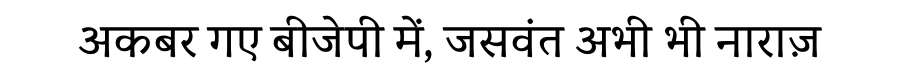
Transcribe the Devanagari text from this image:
अकबर गए बीजेपी में, जसवंत अभी भी नाराज़